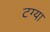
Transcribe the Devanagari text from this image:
टग्या